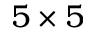
5 \times 5